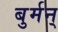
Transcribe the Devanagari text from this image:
बुर्मन्